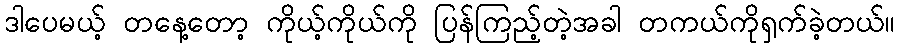
ဒါပေမယ့် တနေ့တော့ ကိုယ့်ကိုယ်ကို ပြန်ကြည့်တဲ့အခါ တကယ်ကိုရှက်ခဲ့တယ်။